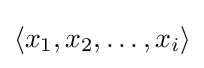
\langle x_{1},x_{2},\ldots ,x_{i}\rangle